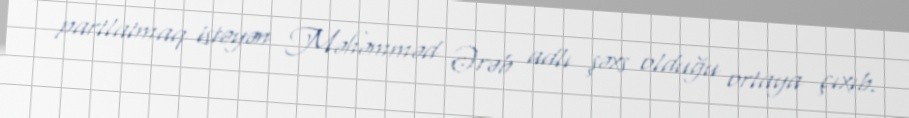
partlatmaq istəyən Məhəmməd Ərəb adlı şəxs olduğu ortaya çıxıb.